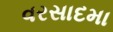
વરસાદમા